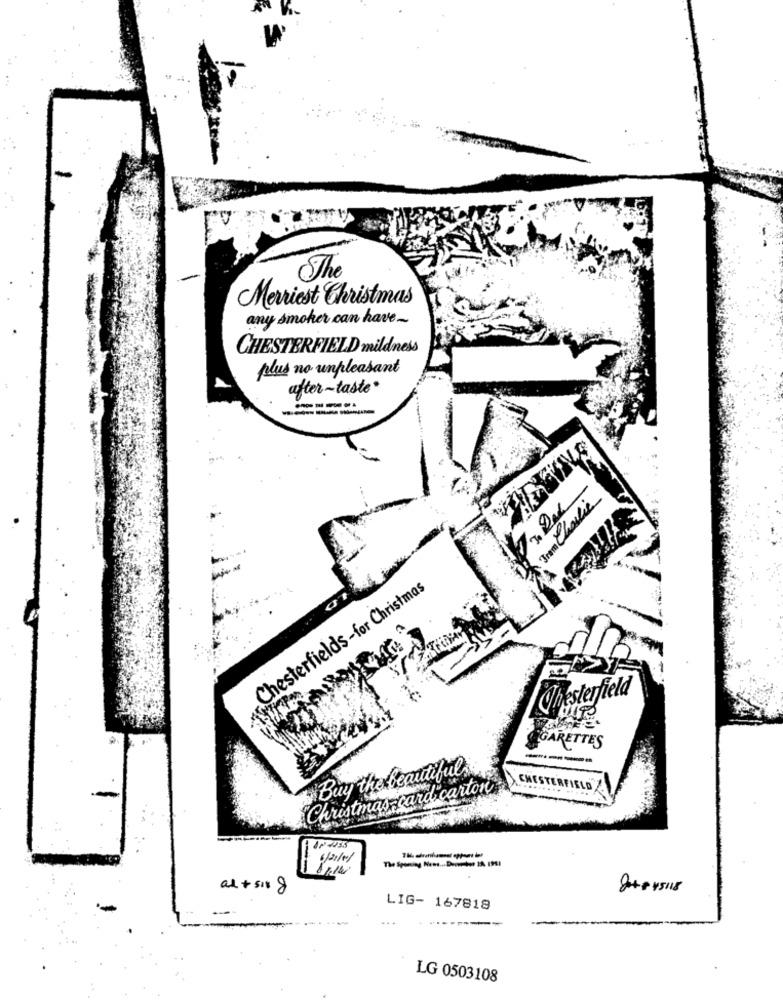
The
Merriest Christmas
any smoker can have_
CHESTERFIELD mildness
plus no unpleasant
after~taste *
--
Fram Charlie
Chesterfields-for Christmas
Chesterfield
OGARETTES
----
Buy the beautiful
Christmas card carton
CHESTERFIELD
al+ 511 8
00
8+++5118
LIG- 167818
LG 0503108